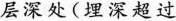
层深处( 埋深超过